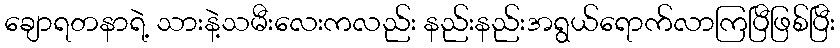
ချောရတနာရဲ့ သားနဲ့သမီးလေးကလည်း နည်းနည်းအရွယ်ရောက်လာကြပြီဖြစ်ပြီး